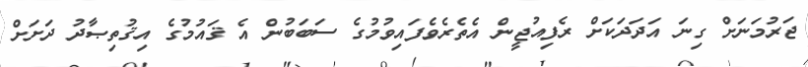
ޖަރުމަނަށް ގިނަ އަދަދަކަށް ރެފިއުޖީން އެތެރެވެފައިވުމުގެ ސަބަބުން އެ ޤައުމުގެ އިޤުތިޞާދު ދަށަށް